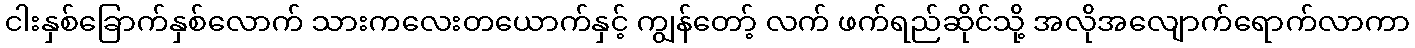
ငါးနှစ်ခြောက်နှစ်လောက် သားကလေးတယောက်နှင့် ကျွန်တော့် လက် ဖက်ရည်ဆိုင်သို့ အလိုအလျောက်ရောက်လာကာ